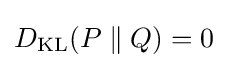
D_{\text{KL}}(P\parallel Q)=0